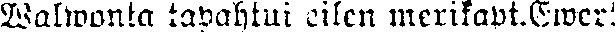
Walwonta tapahtui eilen merikapt.Ewer